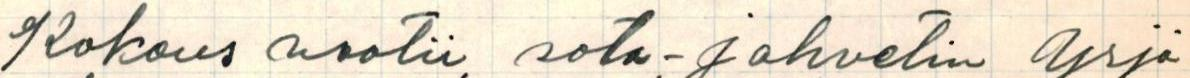
Kokous vaatii sota-jahvetin Yrjö